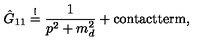
\hat { G } _ { 1 1 } \stackrel { ! } { = } \frac { 1 } { p ^ { 2 } + m _ { d } ^ { 2 } } + \mathrm { c o n t a c t t e r m } ,